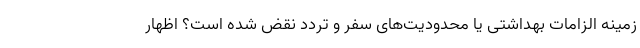
زمینه الزامات بهداشتی یا محدودیت‌های سفر و تردد نقض شده است؟ اظهار